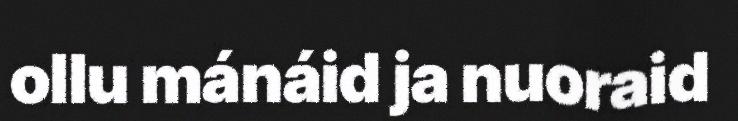
ollu mánáid ja nuoraid